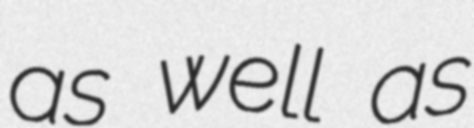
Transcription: as well as